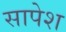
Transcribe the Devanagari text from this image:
सापेश